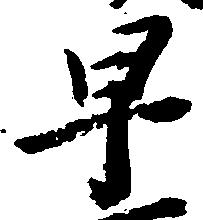
早